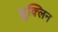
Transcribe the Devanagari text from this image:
ब्रुक्लिन